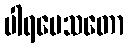
ပါရမေသတော